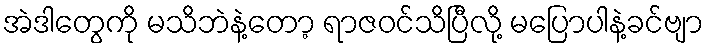
အဲဒါတွေကို မသိဘဲနဲ့တော့ ရာဇဝင်သိပြီလို့ မပြောပါနဲ့ခင်ဗျာ